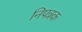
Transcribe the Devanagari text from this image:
निपत्रक